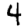
Digit: 4